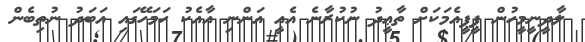
ލާދީނީމީހުން ޕީޕީއެމަކަށް ތާޢީދު ނުކުރާނެ އެއީ އަންނި އާއެކު ހަމަހޭގައި އަބަދު ނުތިބެން